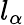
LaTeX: l_{\alpha}